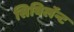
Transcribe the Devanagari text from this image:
सिबिलॅन्ट